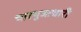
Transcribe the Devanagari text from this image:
चारभुजाधारी